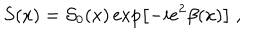
S ( x ) = { \cal S } _ { 0 } ( x ) \exp \left[ - i e ^ { 2 } \beta ( x ) \right] \; ,